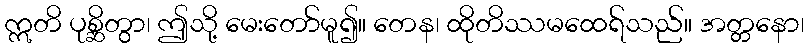
ဣတိ ပုစ္ဆိတွာ၊ ဤသို့ မေးတော်မူ၍။ တေန၊ ထိုတိဿမထေရ်သည်။ အတ္တနော၊